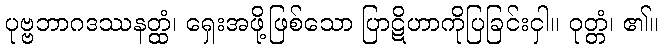
ပုဗ္ဗဘာဂဒဿနတ္ထံ၊ ရှေးအဖို့ဖြစ်သော ပြာဋိဟာကိုပြခြင်းငှါ။ ဝုတ္တံ၊ ၏။